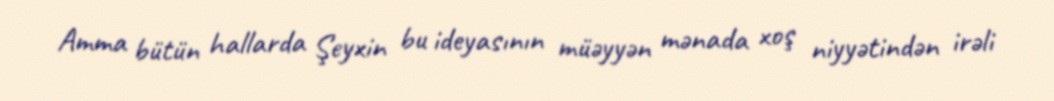
Amma bütün hallarda Şeyxin bu ideyasının müəyyən mənada xoş niyyətindən irəli